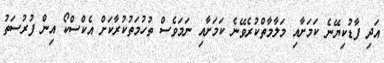
އަދި ފާޑުކިޔޭނެ ކަމަށާއި މަލާމާތްކުރެވޭނެ ކަމަށާއި ނަމަވެސް ތުހުމަތުކުރާކަށް އެކްސްކޯ އިން ފުރުސަތު